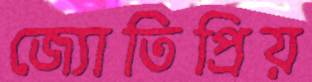
জ্যোতিপ্রিয়